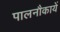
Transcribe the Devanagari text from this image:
पालनौकायें